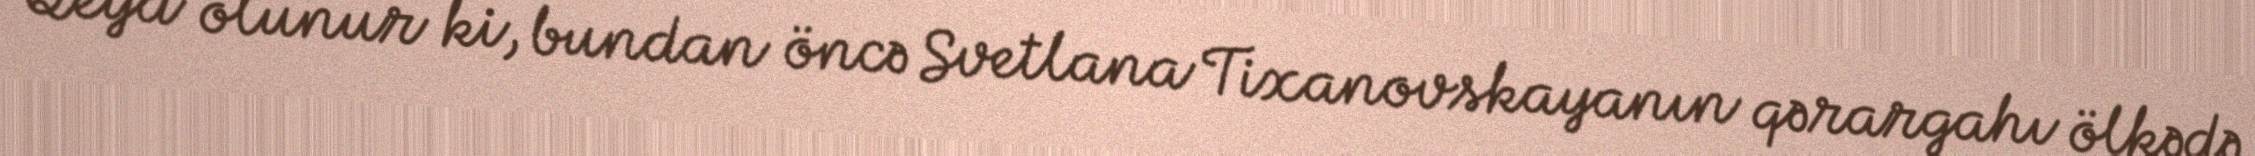
Qeyd olunur ki, bundan öncə Svetlana Tixanovskayanın qərargahı ölkədə